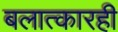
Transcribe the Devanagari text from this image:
बलात्कारही